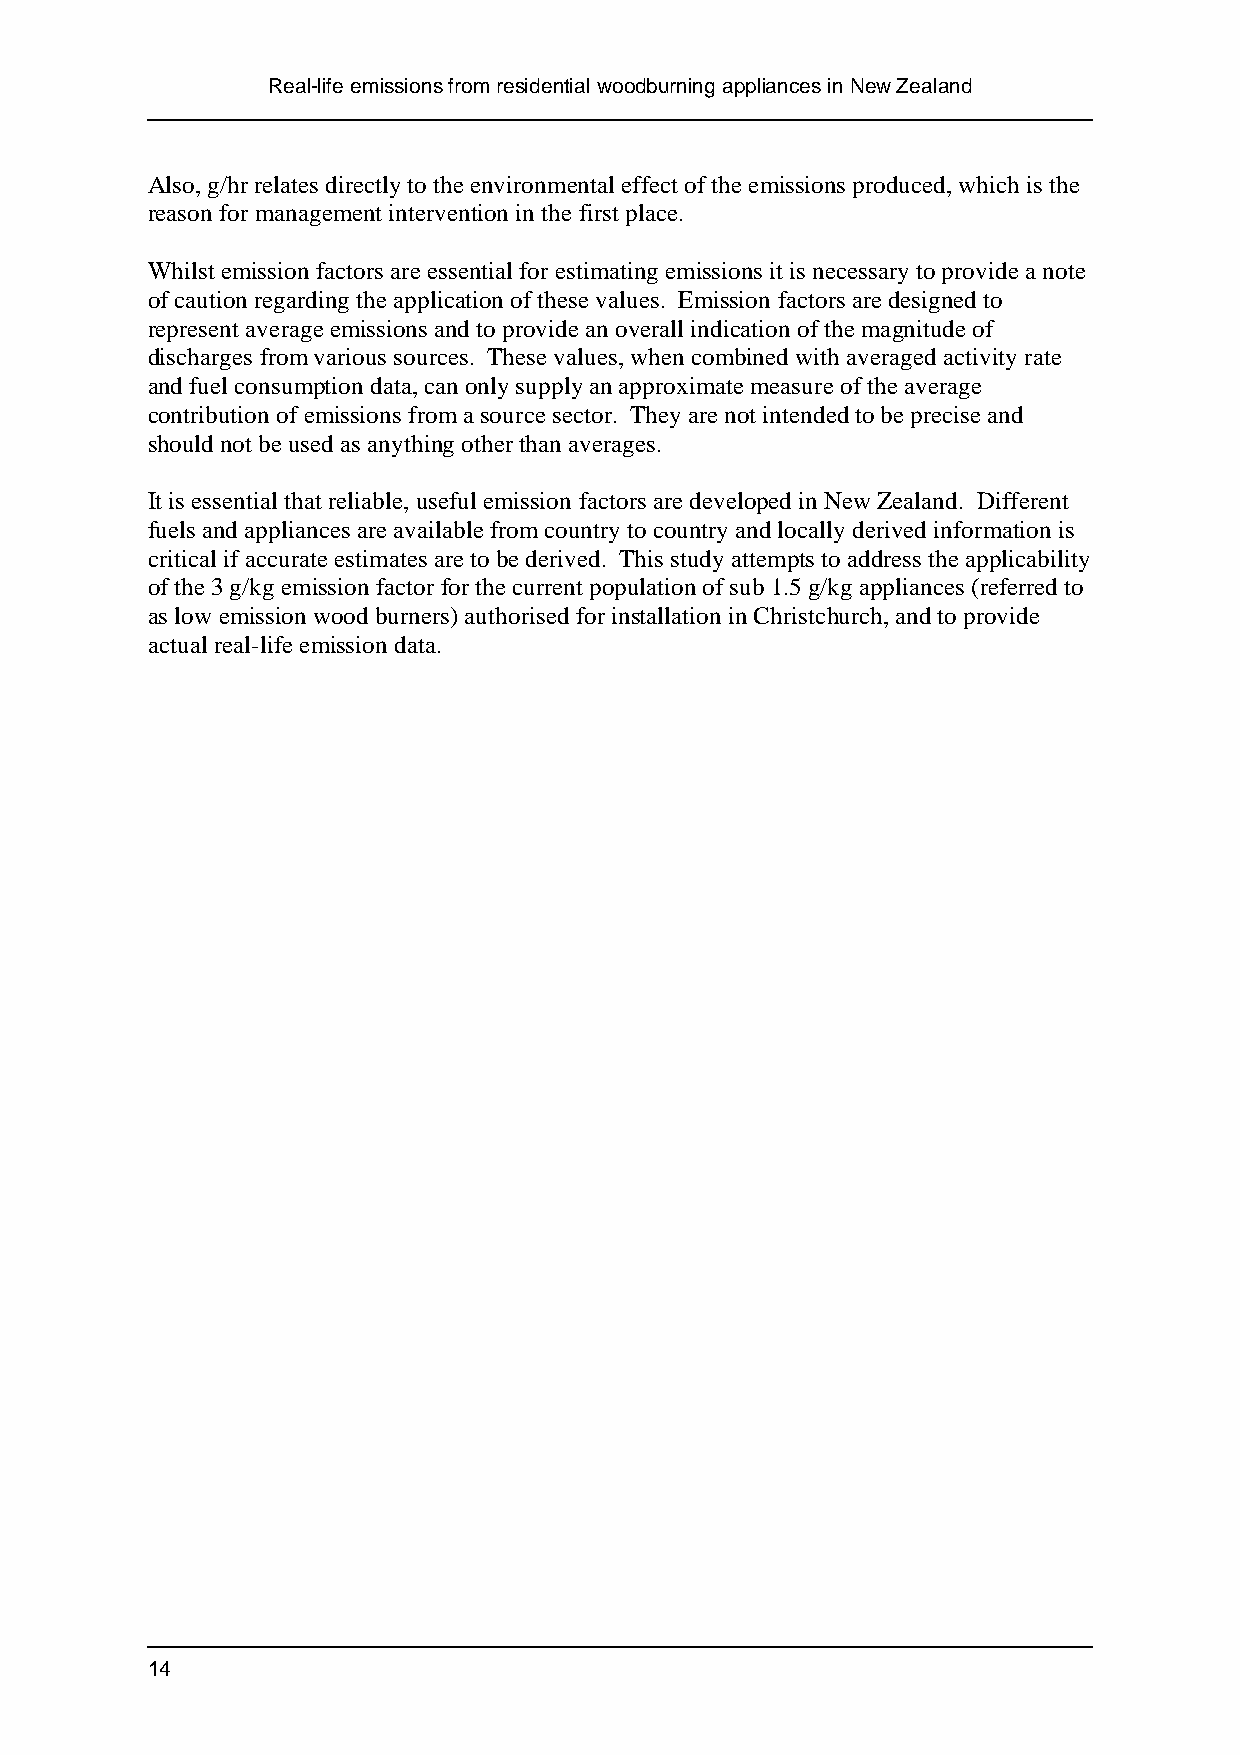
Real-life emissions from residential woodburning appliances in New Zealand
 Also, g/hr relates directly to the environmental effect of the emissions produced, which is the
 reason for management intervention in the first place.
 Whilst emission factors are essential for estimating emissions it is necessary to provide a note
 of caution regarding the application of these values. Emission factors are designed to
 represent average emissions and to provide an overall indication of the magnitude of
 discharges from various sources. These values, when combined with averaged activity rate
 and fuel consumption data, can only supply an approximate measure of the average
 contribution of emissions from a source sector. They are not intended to be precise and
 should not be used as anything other than averages.
 It is essential that reliable, useful emission factors are developed in New Zealand. Different
 fuels and appliances are available from country to country and locally derived information is
 critical if accurate estimates are to be derived. This study attempts to address the applicability
 of the 3 g/kg emission factor for the current population of sub 1.5 g/kg appliances (referred to
 as low emission wood burners) authorised for installation in Christchurch, and to provide
 actual real-life emission data.
 14